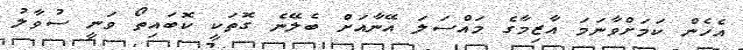
އެހެން ކަމަށްވާނަމަ އާޒިމާގެ މައްސަލަ އޭނާއަށް ބެލޭނެ ގޮތަކީ ކޮބައިތޯ ވަނީ ސުވާލު